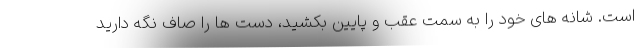
است. شانه های خود را به سمت عقب و پایین بکشید، دست ها را صاف نگه دارید